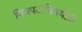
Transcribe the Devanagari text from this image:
चित्रपटांविषयीही